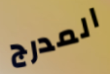
المدرج